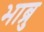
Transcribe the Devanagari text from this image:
भाब्रु